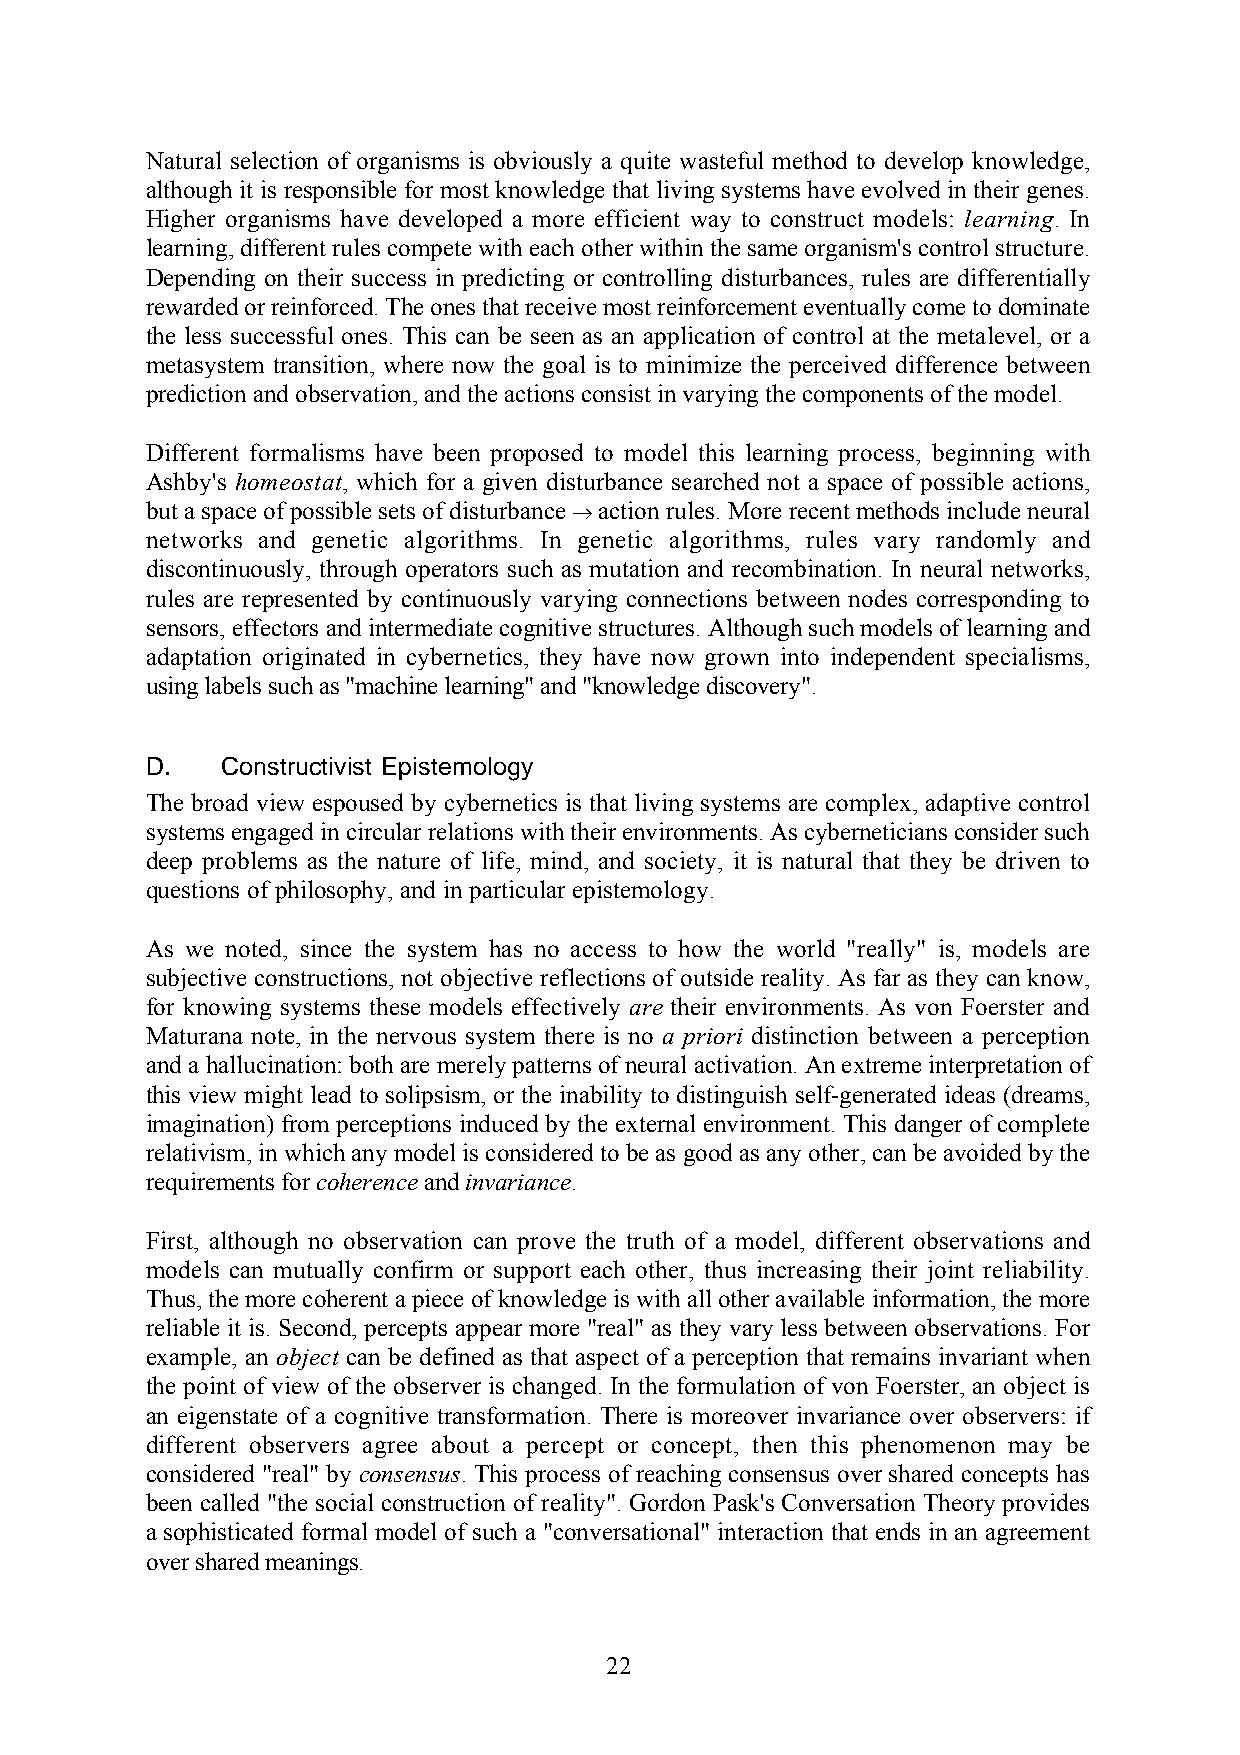
Natural selection of organisms is obviously a quite wasteful method to develop knowledge,
 although it is responsible for most knowledge that living systems have evolved in their genes.
 Higher organisms have developed a more efficient way to construct models: learning. In
 learning, different rules compete with each other within the same organism's control structure.
 Depending on their success in predicting or controlling disturbances, rules are differentially
 rewarded or reinforced. The ones that receive most reinforcement eventually come to dominate
 the less successful ones. This can be seen as an application of control at the metalevel, or a
 metasystem transition, where now the goal is to minimize the perceived difference between
 prediction and observation, and the actions consist in varying the components of the model.
 Different formalisms have been proposed to model this learning process, beginning with
 Ashby's homeostat, which for a given disturbance searched not a space of possible actions,
 but a space of possible sets of disturbance → action rules. More recent methods include neural
 networks and genetic algorithms. In genetic algorithms, rules vary randomly and
 discontinuously, through operators such as mutation and recombination. In neural networks,
 rules are represented by continuously varying connections between nodes corresponding to
 sensors, effectors and intermediate cognitive structures. Although such models of learning and
 adaptation originated in cybernetics, they have now grown into independent specialisms,
 using labels such as "machine learning" and "knowledge discovery".
 D.   Constructivist Epistemology
 The broad view espoused by cybernetics is that living systems are complex, adaptive control
 systems engaged in circular relations with their environments. As cyberneticians consider such
 deep problems as the nature of life, mind, and society, it is natural that they be driven to
 questions of philosophy, and in particular epistemology.
 As we noted, since the system has no access to how the world "really" is, models are
 subjective constructions, not objective reflections of outside reality. As far as they can know,
 for knowing systems these models effectively are their environments. As von Foerster and
 Maturana note, in the nervous system there is no a priori distinction between a perception
 and a hallucination: both are merely patterns of neural activation. An extreme interpretation of
 this view might lead to solipsism, or the inability to distinguish self-generated ideas (dreams,
 imagination) from perceptions induced by the external environment. This danger of complete
 relativism, in which any model is considered to be as good as any other, can be avoided by the
 requirements for coherence and invariance.
 First, although no observation can prove the truth of a model, different observations and
 models can mutually confirm or support each other, thus increasing their joint reliability.
 Thus, the more coherent a piece of knowledge is with all other available information, the more
 reliable it is. Second, percepts appear more "real" as they vary less between observations. For
 example, an object can be defined as that aspect of a perception that remains invariant when
 the point of view of the observer is changed. In the formulation of von Foerster, an object is
 an eigenstate of a cognitive transformation. There is moreover invariance over observers: if
 different observers agree about a percept or concept, then this phenomenon may be
 considered "real" by consensus. This process of reaching consensus over shared concepts has
 been called "the social construction of reality". Gordon Pask's Conversation Theory provides
 a sophisticated formal model of such a "conversational" interaction that ends in an agreement
 over shared meanings.
 22